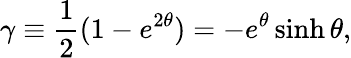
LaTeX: \gamma\equiv{\frac{1}{2}}(1-e^{2\theta})=-e^{\theta}\sinh\theta,